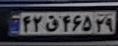
۴۲ق۴۶۵۲۹